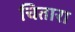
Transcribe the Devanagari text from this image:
चितारा